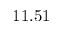
1 1 . 5 1